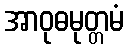
အာဝုဓမုတ္တမံ